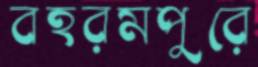
বহরমপুরে